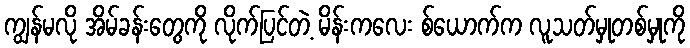
ကျွန်မလို အိမ်ခန်းတွေကို လိုက်ပြင်တဲ့ မိန်းကလေး စ်ယောက်က လူသတ်မှုတစ်မှုကို